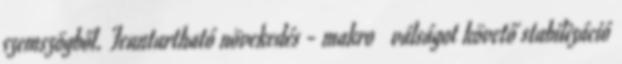
szemszögből. Fenntartható növekedés - makro  válságot követő stabilizáció